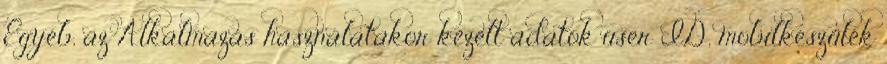
Egyéb, az Alkalmazás használatakor kezelt adatok user ID, mobilkészülék